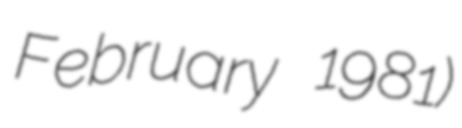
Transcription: February 1981)